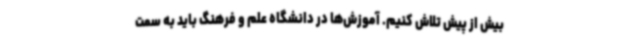
بیش از پیش تلاش کنیم. آموزش‌ها در دانشگاه علم و فرهنگ باید به سمت